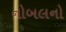
નોબલનો